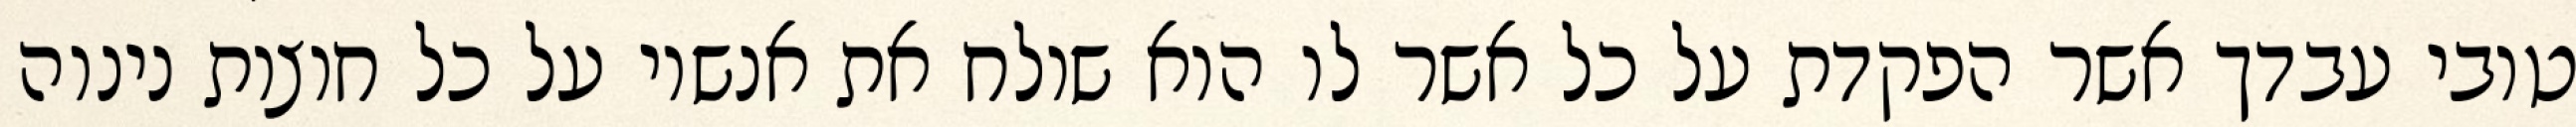
טובי עבדך אשר הפקדת על כל אשר לו הוא שולח את אנשיו על כל חוצות נינוה